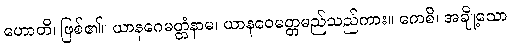
ဟောတိ၊ ဖြစ်၏။ ယာနဂေမတ္တံနာမ၊ ယာနဝေမတ္တမည်သည်ကား။ ကေစိ၊ အချို့သော